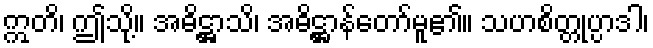
ဣတိ၊ ဤသို့။ အဓိဋ္ဌာသိ၊ အဓိဋ္ဌာန်တော်မူ၏။ သဟစိတ္တုပ္ပာဒါ၊